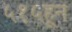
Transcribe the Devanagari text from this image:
५१५हून